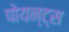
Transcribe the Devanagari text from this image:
पोयन्ट्‌स